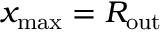
x _ { \mathrm { m a x } } = R _ { \mathrm { o u t } }